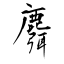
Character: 麛